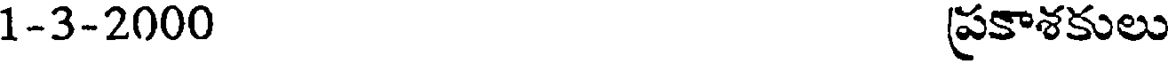
1-3-2000 ప్రకాశకులు